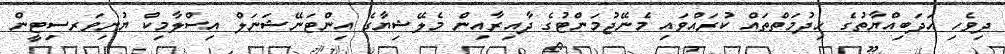
ދިވެހި އަދަބިއްޔާތުގެ ޚިދުމަތްތައް ކުރައްވައި މެނޭޖުމަންޓުގެ ދާއިރާއިން މެލޭޝިޔާގެ އިންޓަނޭޝަނަލް އިސްލާމިކް ޔުނިވަރސިޓީން